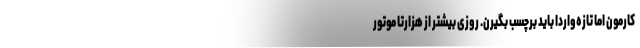
کارمون اما تازه‌واردا باید برچسب بگیرن. روزی بیشتر از هزارتا موتور